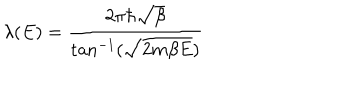
\lambda ( E ) = \frac { 2 \pi \hbar \sqrt { \beta } } { \tan ^ { - 1 } ( \sqrt { 2 m \beta E } ) }